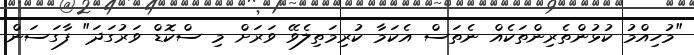
"މުހިއްމު ކުޅުންތެރިންތަކެއް ނެތަސް އެކަމާ ކުރިމަތިލެވޭ ވަރަށް މި ސްކޮޑް ވަރުގަދަ" ފާގަސަން